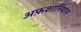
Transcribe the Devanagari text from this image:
अफ़शारियान